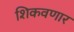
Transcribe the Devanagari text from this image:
शिकवणार